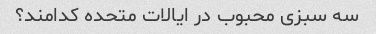
سه سبزی محبوب در ایالات متحده کدامند؟